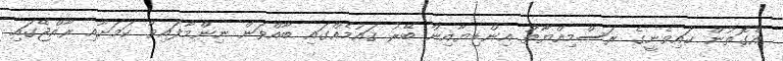
އެގޮތުން ކައިވެނީގެ ރަސްމިއްޔާތު އިންޑިޔާއިން ބޭރު ޤައުމެއްގައި ބާއްވަން ނިންމާފައިވާ ކަމަށާއި ރާއްޖޭގައި